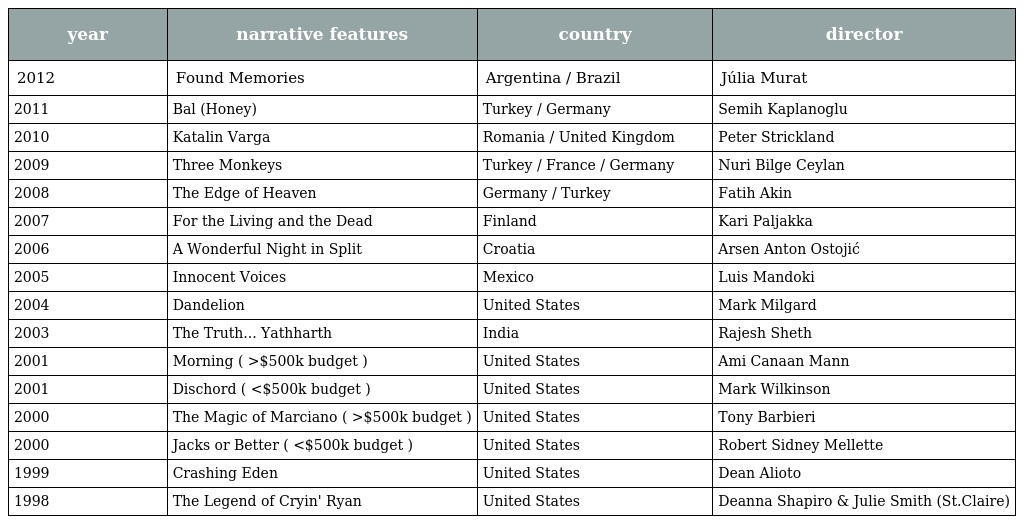
| year | narrative features | country | director |
 | --- | --- | --- | --- |
 | 2012 | Found Memories | Argentina / Brazil | Júlia Murat |
 | 2011 | Bal (Honey) | Turkey / Germany | Semih Kaplanoglu |
 | 2010 | Katalin Varga | Romania / United Kingdom | Peter Strickland |
 | 2009 | Three Monkeys | Turkey / France / Germany | Nuri Bilge Ceylan |
 | 2008 | The Edge of Heaven | Germany / Turkey | Fatih Akin |
 | 2007 | For the Living and the Dead | Finland | Kari Paljakka |
 | 2006 | A Wonderful Night in Split | Croatia | Arsen Anton Ostojić |
 | 2005 | Innocent Voices | Mexico | Luis Mandoki |
 | 2004 | Dandelion | United States | Mark Milgard |
 | 2003 | The Truth... Yathharth | India | Rajesh Sheth |
 | 2001 | Morning ( >$500k budget ) | United States | Ami Canaan Mann |
 | 2001 | Dischord ( <$500k budget ) | United States | Mark Wilkinson |
 | 2000 | The Magic of Marciano ( >$500k budget ) | United States | Tony Barbieri |
 | 2000 | Jacks or Better ( <$500k budget ) | United States | Robert Sidney Mellette |
 | 1999 | Crashing Eden | United States | Dean Alioto |
 | 1998 | The Legend of Cryin' Ryan | United States | Deanna Shapiro & Julie Smith (St.Claire) |